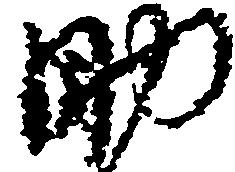
助